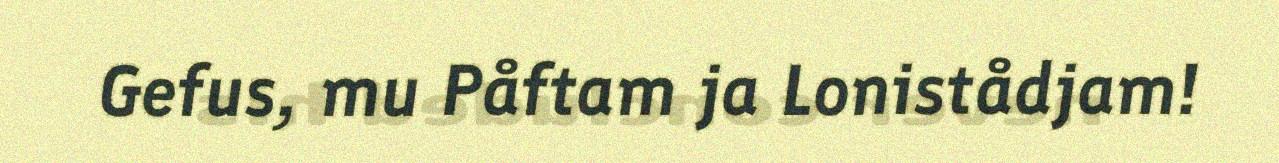
Gefus, mu Påftam ja Lonistådjam!